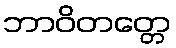
ဘာဝိတတ္တေ